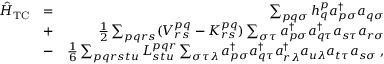
\begin{array} { r l r } { \hat { H } _ { \mathrm { T C } } } & { = } & { \sum _ { p q \sigma } h _ { q } ^ { p } a _ { p \sigma } ^ { \dagger } a _ { q \sigma } } \\ & { + } & { \frac 1 2 \sum _ { p q r s } ( V _ { r s } ^ { p q } - K _ { r s } ^ { p q } ) \sum _ { \sigma \tau } a _ { p \sigma } ^ { \dagger } a _ { q \tau } ^ { \dagger } a _ { s \tau } a _ { r \sigma } } \\ & { - } & { \frac 1 6 \sum _ { p q r s t u } L _ { s t u } ^ { p q r } \sum _ { \sigma \tau \lambda } a _ { p \sigma } ^ { \dagger } a _ { q \tau } ^ { \dagger } a _ { r \lambda } ^ { \dagger } a _ { u \lambda } a _ { t \tau } a _ { s \sigma } \; , } \end{array}